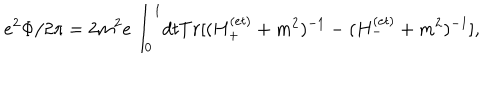
LaTeX: e ^ { 2 } \Phi / 2 \pi = 2 m ^ { 2 } e \int _ { 0 } ^ { 1 } \! d t T r [ ( H _ { + } ^ { ( e t ) } + m ^ { 2 } ) ^ { - 1 } - ( H _ { - } ^ { ( e t ) } + m ^ { 2 } ) ^ { - 1 } ] ,